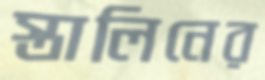
স্তালিনের